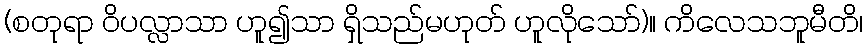
(စတုရာ ဝိပလ္လာသာ ဟူ၍သာ ရှိသည်မဟုတ် ဟူလိုသော်)။ ကိလေသဘူမီတိ၊